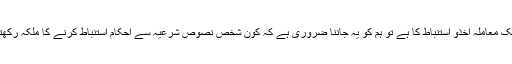
جہاںتک معاملہ اخذو استنباط کا ہے تو ہم کو یہ جاننا ضروری ہے کہ کون شخص نصوص شرعیہ سے احکام استنباط کرنے کا ملکہ رکھتا ہے؟